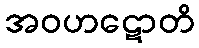
အဝဟဋောတိ